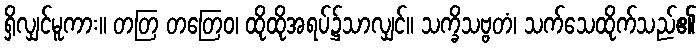
ရှိလျှင်မူကား။ တတြ တတြေဝ၊ ထိုထိုအရပ်၌သာလျှင်။ သက္ခိသဗ္ဗတံ၊ သက်သေထိုက်သည်၏